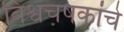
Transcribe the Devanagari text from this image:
विश्वचषकांचे